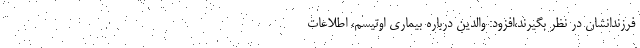
فرزندانشان در نظر بگیرند،افزود: والدین درباره بیماری اوتیسم، اطلاعات